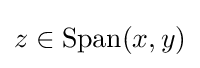
{\textstyle z\in \operatorname {Span} (x,y)}